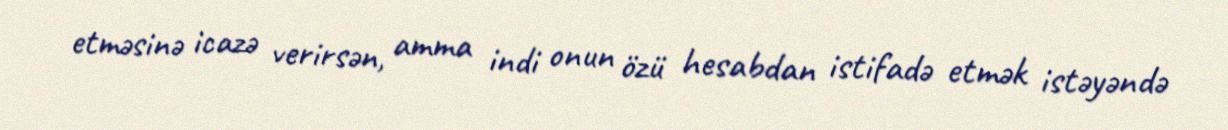
etməsinə icazə verirsən, amma indi onun özü hesabdan istifadə etmək istəyəndə